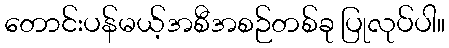
တောင်းပန်မယ့်အစီအစဉ်တစ်ခု ပြုလုပ်ပါ။